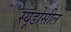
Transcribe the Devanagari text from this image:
स्यूडोसील